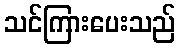
သင်ကြားပေးသည်